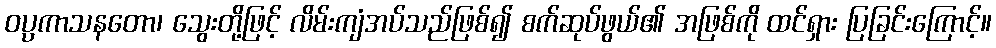
ဝပ္ပကာသနတော၊ သွေးတို့ဖြင့် လိမ်းကျံအပ်သည်ဖြစ်၍ စက်ဆုပ်ဖွယ်၏ အဖြစ်ကို ထင်ရှား ပြခြင်းကြောင့်။